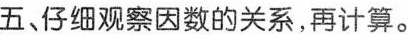
五、仔细观察因数的关系，再计算。